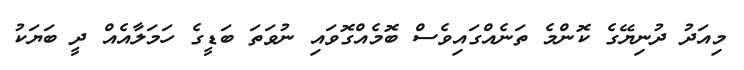
މިއަދު ދުނިޔޭގެ ކޮންމެ ތަނެއްގައިވެސް ބޮމެއްގޮވައި ނުވަތަ ބަޑީގެ ހަމަލާއެއް ދީ ބަޔަކު